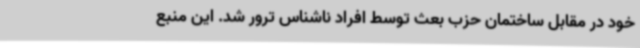
خود در مقابل ساختمان حزب بعث توسط افراد ناشناس ترور شد. این منبع